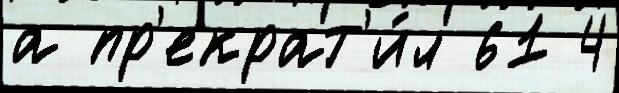
а пр'екрат'и́л 61 4